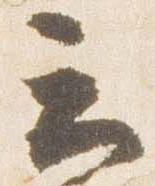
云